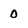
Character: 0